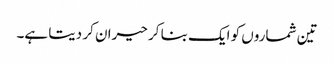
تین شماروں کو ایک بنا کر حیران کر دیتا ہے۔